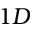
1 D